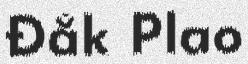
Đắk Plao